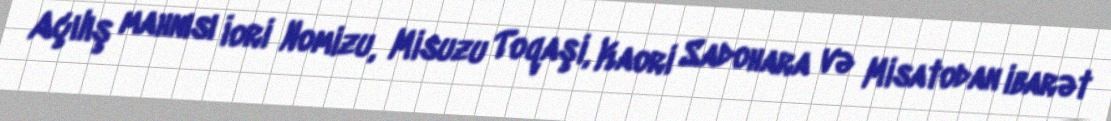
Açılış mahnısı İori Nomizu, Misuzu Toqaşi, Kaori Sadohara və Misatodan ibarət